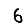
Digit: 6